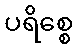
ပရိစ္စေ